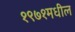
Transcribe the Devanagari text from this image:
१९७१मधील